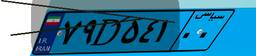
۱۶D۷۴۱۳۸